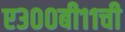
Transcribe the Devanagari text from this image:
ए३००बी११ची